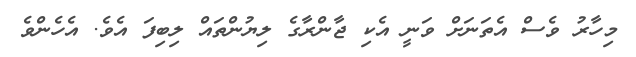
މިހާރު ވެސް އެތަނަށް ވަނީ އެކި ޖާންރާގެ ލިޔުންތައް ލިބިފަ އެވެ. އެހެންވެ